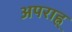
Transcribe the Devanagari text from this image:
अपराह्न्